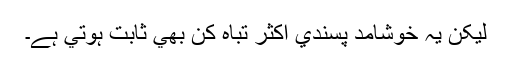
ليکن يہ خوشامد پسندي اکثر تباہ کن بھي ثابت ہوتي ہے۔